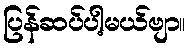
ပြန်ဆပ်ပါ့မယ်ဗျာ။